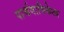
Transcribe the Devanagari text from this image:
पार्श्वगायिकेला